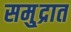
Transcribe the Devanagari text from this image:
समु्द्रात